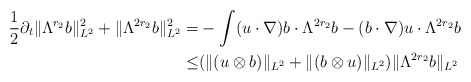
\begin{align*}\frac{1}{2} \partial_{t} \lVert \Lambda^{r_{2}} b\rVert_{L^{2}}^{2} + \lVert \Lambda^{2r_{2}} b\rVert_{L^{2}}^{2}=& -\int (u\cdot\nabla) b \cdot \Lambda^{2 r_{2} } b - (b\cdot\nabla) u \cdot \Lambda^{2r_{2}} b\\\leq& (\lVert (u\otimes b) \rVert_{L^{2}} + \lVert (b\otimes u) \rVert_{L^{2}}) \lVert \Lambda^{2r_{2}} b\rVert_{L^{2}}\end{align*}